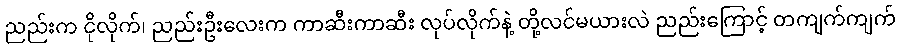
ညည်းက ငိုလိုက်၊ ညည်းဦးလေးက ကာဆီးကာဆီး လုပ်လိုက်နဲ့ တို့လင်မယားလဲ ညည်းကြောင့် တကျက်ကျက်